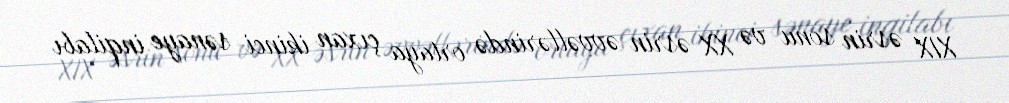
XIX əsrin sonu və XX əsrin əvvəllərində ortaya çıxan ikinci sənaye inqilabı